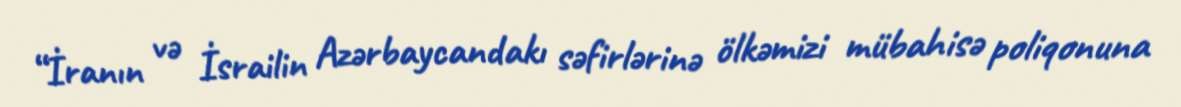
“İranın və İsrailin Azərbaycandakı səfirlərinə ölkəmizi mübahisə poliqonuna